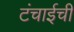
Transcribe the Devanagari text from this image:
टंचाईची